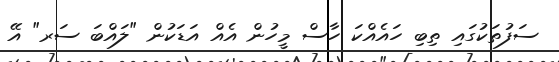
ސަފުތަކުގައި ތިބި ހައެއްކަ ހާސް މީހުން އެއް އަޑަކުން "ލައްބަ ސަރ" އޭ